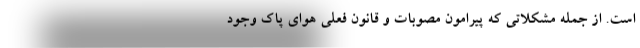
است. از جمله مشکلاتی که پیرامون مصوبات و قانون فعلی هوای پاک وجود